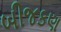
બીજકણ